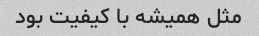
مثل همیشه با کیفیت بود